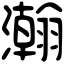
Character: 瀚